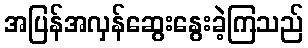
အပြန်အလှန်ဆွေးနွေးခဲ့ကြသည်